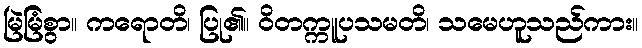
မြဲမြံစွာ။ ကရောတိ၊ ပြု၏။ ဝိတက္ကူပသမတိ၊ သမေဟူသည်ကား။